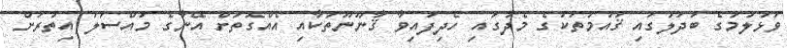
ވަޅުލުމުގެ ބަދަލުގައި ޤައުމުތަކުގެ މެދުގައި ހެދިފައިވާ ޤާނޫނޫތަކާއި އެއްގޮތަށް އޭނާގެ މައްސަލަ އިތުރަށް